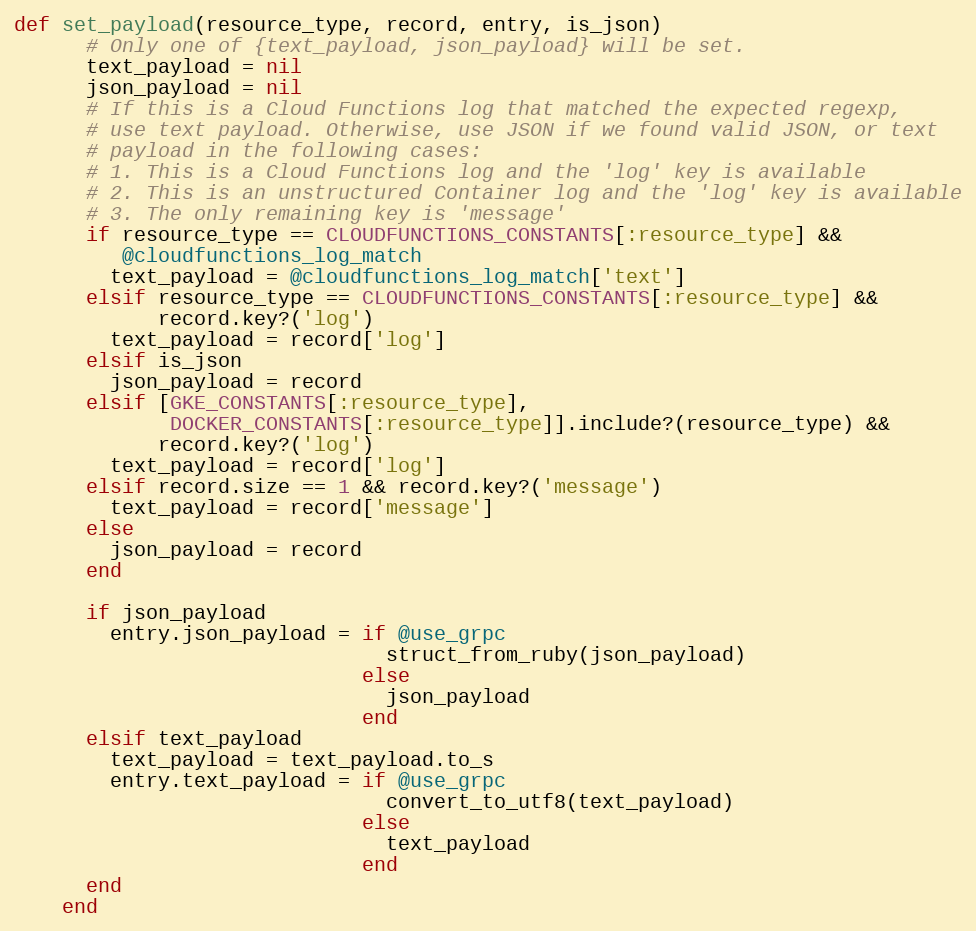
Language: Ruby
def set_payload(resource_type, record, entry, is_json)
      # Only one of {text_payload, json_payload} will be set.
      text_payload = nil
      json_payload = nil
      # If this is a Cloud Functions log that matched the expected regexp,
      # use text payload. Otherwise, use JSON if we found valid JSON, or text
      # payload in the following cases:
      # 1. This is a Cloud Functions log and the 'log' key is available
      # 2. This is an unstructured Container log and the 'log' key is available
      # 3. The only remaining key is 'message'
      if resource_type == CLOUDFUNCTIONS_CONSTANTS[:resource_type] &&
         @cloudfunctions_log_match
        text_payload = @cloudfunctions_log_match['text']
      elsif resource_type == CLOUDFUNCTIONS_CONSTANTS[:resource_type] &&
            record.key?('log')
        text_payload = record['log']
      elsif is_json
        json_payload = record
      elsif [GKE_CONSTANTS[:resource_type],
             DOCKER_CONSTANTS[:resource_type]].include?(resource_type) &&
            record.key?('log')
        text_payload = record['log']
      elsif record.size == 1 && record.key?('message')
        text_payload = record['message']
      else
        json_payload = record
      end

      if json_payload
        entry.json_payload = if @use_grpc
                               struct_from_ruby(json_payload)
                             else
                               json_payload
                             end
      elsif text_payload
        text_payload = text_payload.to_s
        entry.text_payload = if @use_grpc
                               convert_to_utf8(text_payload)
                             else
                               text_payload
                             end
      end
    end